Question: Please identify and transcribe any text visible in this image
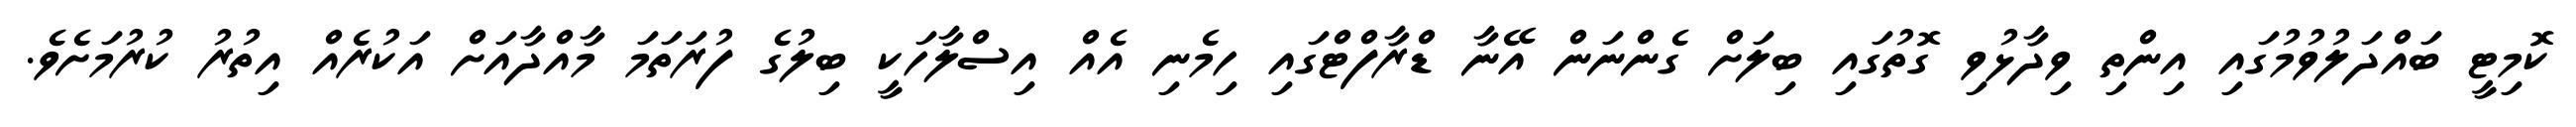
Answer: ކޮމިޓީ ބައްދަލުވުމުގައި އިންތި ވިދާޅުވި ގޮތުގައި ބިލަށް ގެންނަން އޭނާ ޑްރާފްޓްގައި ހިމެނި އެއް އިސްލާހަކީ ބިލުގެ ފުރަތަމަ މާއްދާއަށް އަކުރެއް އިތުރު ކުރުމަށެވެ.